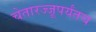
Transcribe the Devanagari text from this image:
चेतारज्जूपर्यंतच